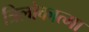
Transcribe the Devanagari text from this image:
त्रिलोकात्मा